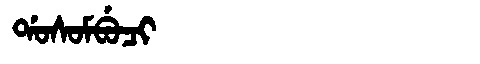
Manchu: ᡩᠣᠰᠣᠮᠪᡠᠴᡳ
Romanization: DOSOMBUCI